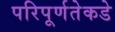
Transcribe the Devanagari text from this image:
परिपूर्णतेकडे